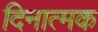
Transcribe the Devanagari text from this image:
दिनात्मक